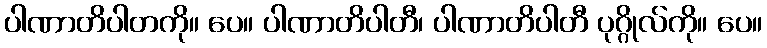
ပါဏာတိပါတကို။ ပေ။ ပါဏာတိပါတီ၊ ပါဏာတိပါတီ ပုဂ္ဂိုလ်ကို။ ပေ။